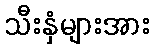
သီးနှံများအား